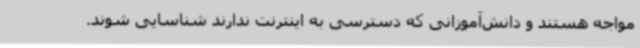
مواجه هستند و دانش‌آموزانی که دسترسی به اینترنت ندارند شناسایی شوند.